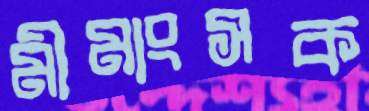
মীমাংসক